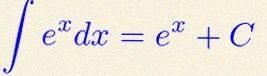
\int e^x dx=e^x+C